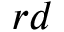
r d